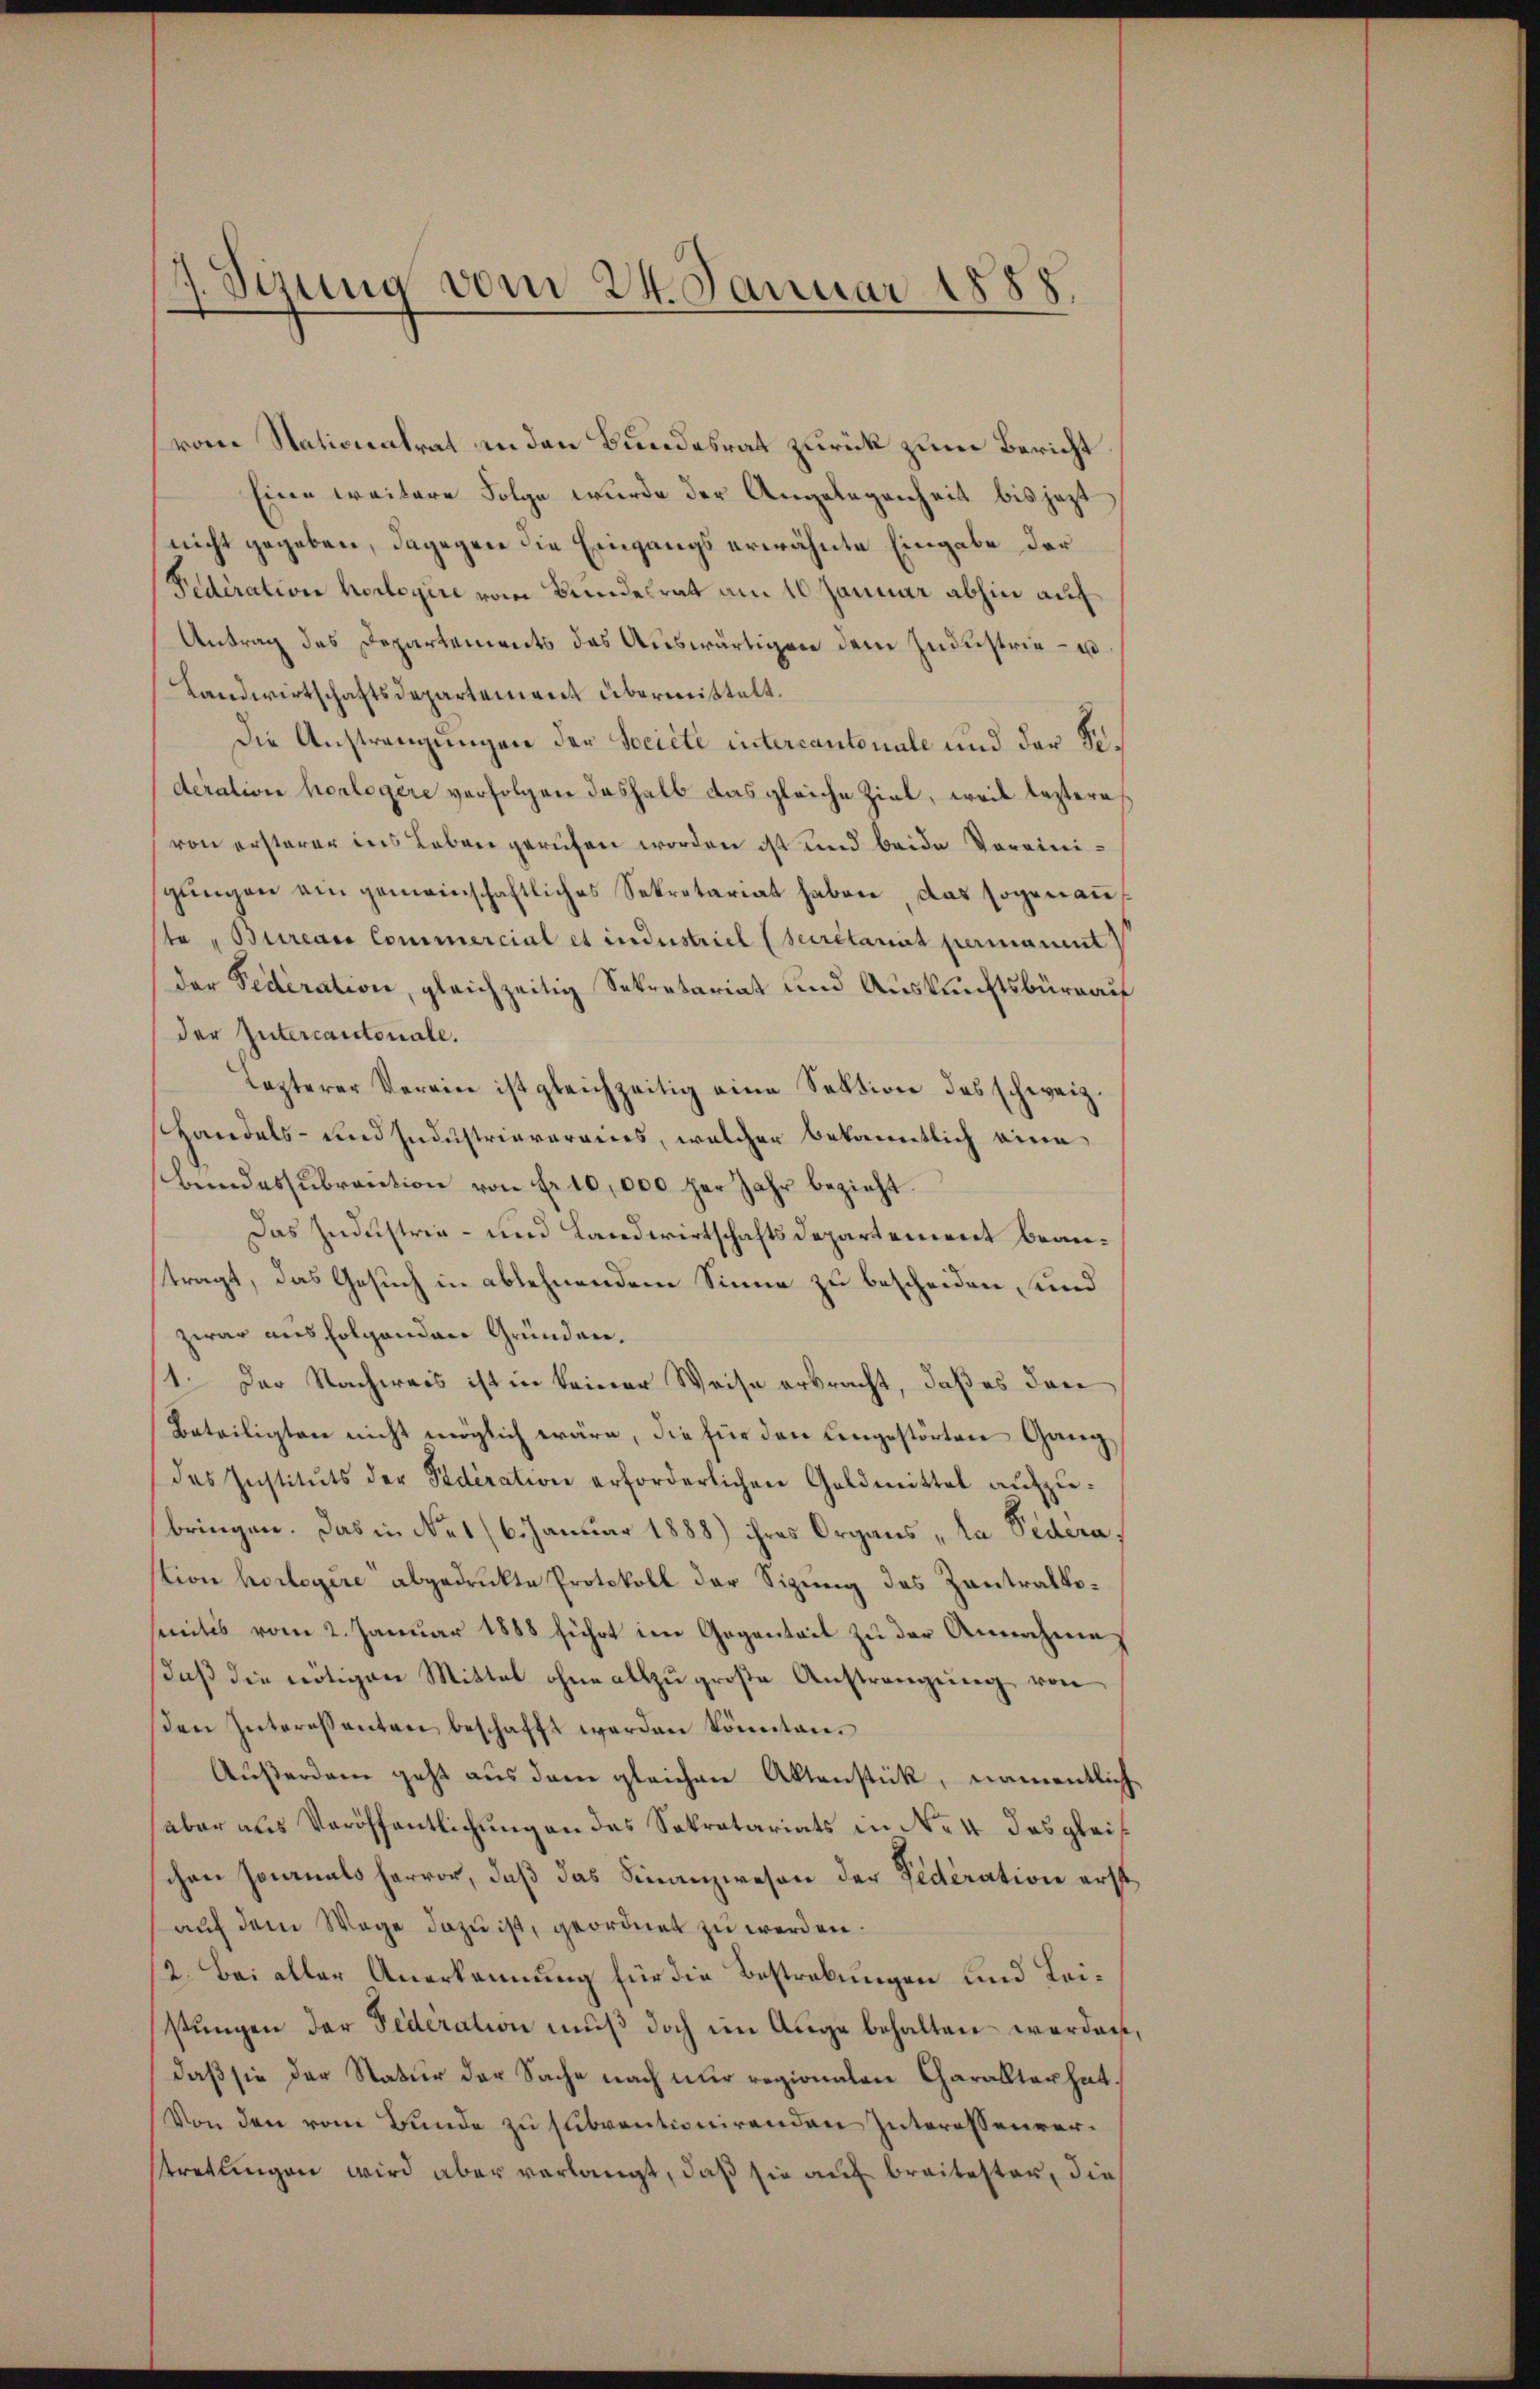
Sizung vom 24. Januar 1888.
2

von Stationalrat in den Bundesrat zurück zum Bericht
Eine weitere Folge wurde der Angelegenheit bis jezt
nicht gegeben, dagegen die Eingangs erwähnte Eingabe der
Federation hortigire vom Bundesrat am 10 Januar abhin auf
Antrag des Departements des Auswärtigen dem Industrie - u.
Landwirtschaftsdepartement übermittelt.
Die Anstrangungen der Société intercantonale und der Fideration herlegere verfolgen deshalb das gleiche Ziel, weil leztere
von ersterer ins Leben gerufen worden ist und beide Vereinigŭngen ein gemeinschaftliches Sekretariat haben, das sogenaute "Bureau Commercial et industriel (Secretariat permanent)
der Federation, gleichzeitig Sekretariat und Auskunftsbüreau
der Intercantonale.
lezterer Verein ist gleichzeitig eine Sektion des schweiz.
Handels- und Industrierereins, welcher bekanntlich eine
bundessubraŭtion von Fr. 10,000 per Jahr bezieht.
Das Industrie- und Landwirtschaftsdepartement beantragt, das Gesuch in ablehnendem Sinne zu bescheiden, und
zwar aus folgenden Gründen.
1. Der Nachweis ist in keiner Weise erbracht, daß es den
Beteiligten nicht möglich wäre, die für den eingestörten Gang
des Instituts der Federation erforderlichen Geldmittel aŭfzŭ-
bringen. Das in Nes 16. Januar 1888) ihres Organs la Pedera,
stion horlegere abgedruckte Protokoll der Sizung des Zentralkomites vom 2. Januar 1888 führt im Gegentait zu der Annahme
daβ die nötigen Mittel ohne allzŭgroβe Anstrangŭng von
en Interessanten beschafft werden könnten.
Außerdem geht aus dem gleichen Aktenstück, namentlich
aber aus Veröffentlichung an das Sekretariats in No 4 das gleichen sonals hervor, daß das Finanzwesen der Federation erst
auf dem Wege dazu ist, geordnet zu werden.
2. Bei aller Anerkennung für die Bestrebungen und Leistŭngen der Federation muß doch im Auge behalten werden,
daß sie der Natur der Sache nach nur regionalen Charakter hat.
Von den vom Bunde zu subventionirenden Interessenverstretungen wird aber verlangt, daß sie auf breitester, die